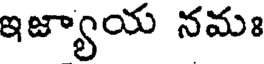
ఇజ్యాయ నమః